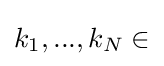
k_{1},...,k_{N}\in